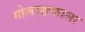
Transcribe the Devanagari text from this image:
गोलरक्षकाला